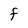
Character: F